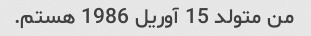
من متولد 15 آوریل 1986 هستم.